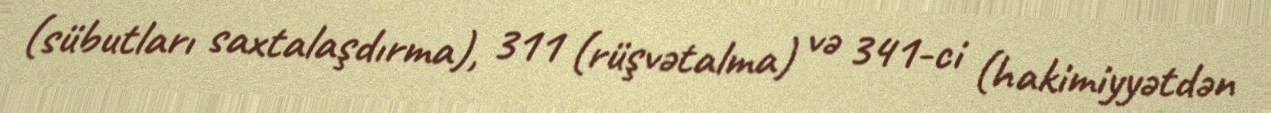
(sübutları saxtalaşdırma), 311 (rüşvətalma) və 341-ci (hakimiyyətdən